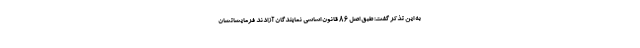
به این تذکر گفت: طبق اصل ٨۶ قانون اساسی نمایندگان آزادند فرمایشاتشان